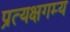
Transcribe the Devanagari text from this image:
प्रत्यक्षगम्य